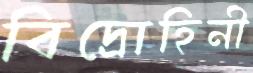
বিদ্রোহিনী